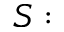
S :